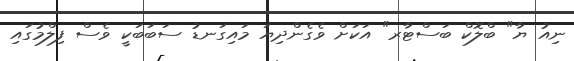
ނިއު ޔާ" ބްލޮކް ބަސްޓާރ" އަކަށް ވެގެންދިޔަ މައިގަނޑު ސަބަބަކީ ވެސް ފިލްމުގައި